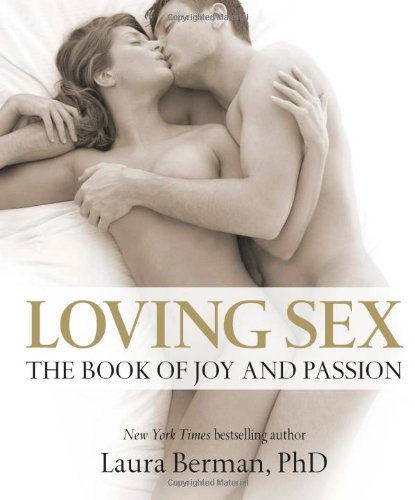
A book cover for Loving Sex: The book of joy and passion; Laura Berman; Self-Help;